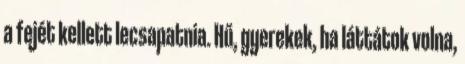
a fejét kellett lecsapatnia. Hű, gyerekek, ha láttátok volna,